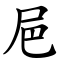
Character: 㞎